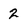
Character: 2